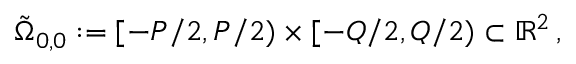
\tilde { \Omega } _ { 0 , 0 } : = [ - P / 2 , P / 2 ) \times [ - Q / 2 , Q / 2 ) \subset \mathbb { R } ^ { 2 } \, ,